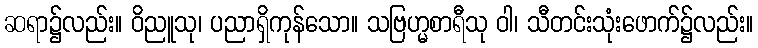
ဆရာ၌လည်း။ ဝိညူသု၊ ပညာရှိကုန်သော။ သဗြဟ္မစာရီသု ဝါ၊ သီတင်းသုံးဖောက်၌လည်း။